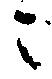
ニ